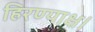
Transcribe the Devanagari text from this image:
हिरण्याक्ष।